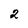
Character: 2